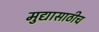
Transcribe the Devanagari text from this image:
मुद्यासाठीच